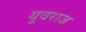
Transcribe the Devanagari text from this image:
यूवराज